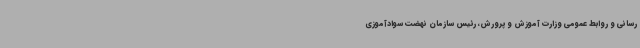
رسانی و روابط عمومی وزارت آموزش و پرورش، رئیس سازمان نهضت سوادآموزی